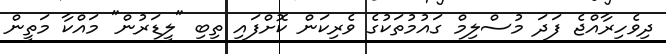
ދިވެހިރާއްޖެ ފަދަ މުސްލިމް ގައުމުތަކުގެ ވެރިކަން ކޮށްފައި ތިބި "ލީޑަރުން" މައްކާ މަތީން